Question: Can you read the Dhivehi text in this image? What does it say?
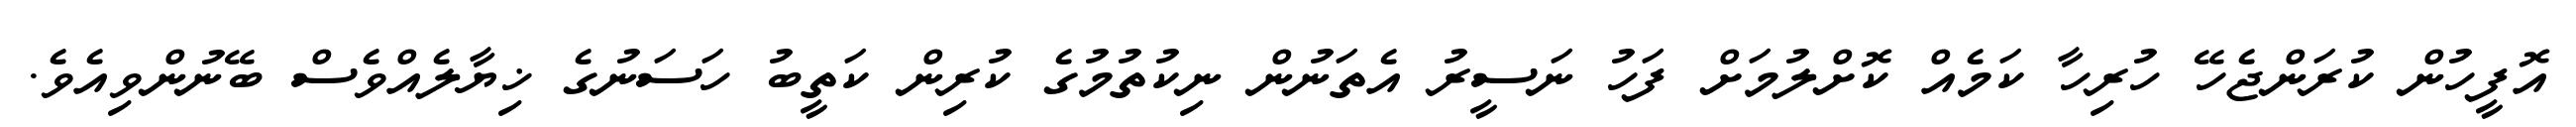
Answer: އޮފީހުން ކުރަންޖެހޭ ހުރިހާ ކަމެއް ކޮށްލުމަށް ފަހު ނަސީރު އެތަނުން ނިކުތުމުގެ ކުރިން ކަތީބު ހަސަނުގެ ޚިޔާލެއްވެސް ބޭނުންވިއެވެ.